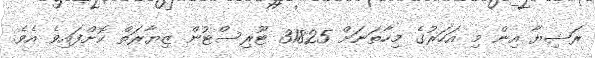
ރަޝިޔާ އިން މި އަހަރުގެ މިހާތަނަށް 31825 ޓޫރިސްޓުން ޒިޔާރަތް ކޮށްފައިވެ އެވެ.